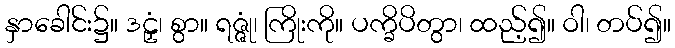
နှာခေါင်း၌။ ဒဠှံ၊ စွာ။ ရဇ္ဇုံ၊ ကြိုးကို။ ပက္ခိပိတွာ၊ ထည့်၍။ ဝါ၊ တပ်၍။